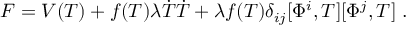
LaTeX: F = V ( T ) + f ( T ) \lambda \dot { T } \dot { T } + \lambda f ( T ) \delta _ { i j } [ \Phi ^ { i } , T ] [ \Phi ^ { j } , T ] \ .